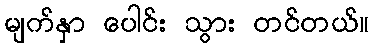
မျက်နှာ ပေါင်း သွား တင်တယ်။